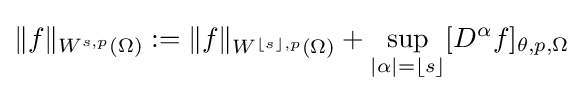
\|f\|_{W^{s,p}(\Omega )}:=\|f\|_{W^{\lfloor s\rfloor ,p}(\Omega )}+\sup _{|\alpha |=\lfloor s\rfloor }[D^{\alpha }f]_{\theta ,p,\Omega }